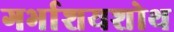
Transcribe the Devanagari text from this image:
गर्भाशयशोथ